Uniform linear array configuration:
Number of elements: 4
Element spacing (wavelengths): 0.25
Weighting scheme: blackman
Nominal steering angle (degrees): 30
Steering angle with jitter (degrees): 28.049
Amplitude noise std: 0.05
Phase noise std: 0.05

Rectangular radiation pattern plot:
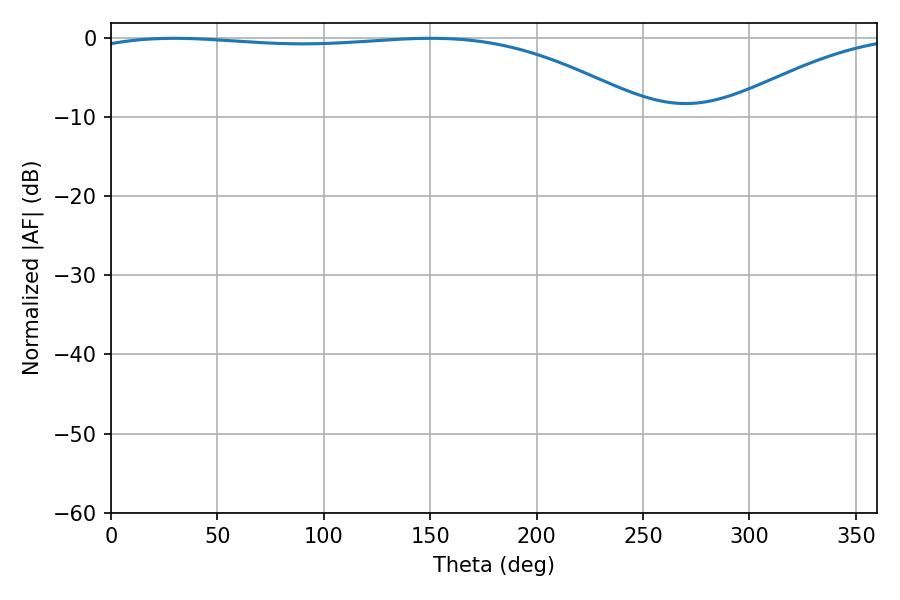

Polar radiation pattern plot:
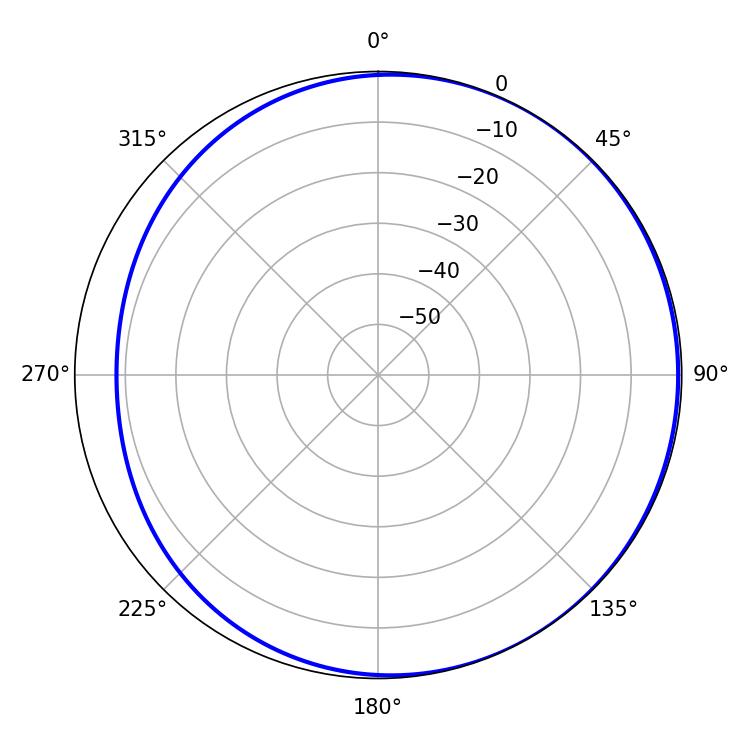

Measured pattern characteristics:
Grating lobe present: FALSE
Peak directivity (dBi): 2.045
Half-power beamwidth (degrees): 210.24
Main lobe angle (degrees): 29.7